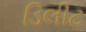
ડિલીટ